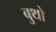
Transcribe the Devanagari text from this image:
बुथो